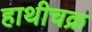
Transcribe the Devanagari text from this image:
हाथीचक्र